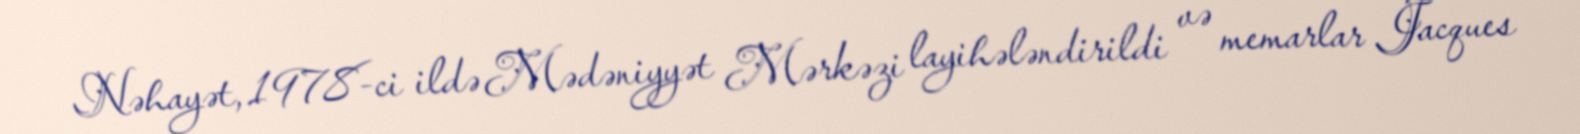
Nəhayət, 1978-ci ildə Mədəniyyət Mərkəzi layihələndirildi və memarlar Jacques